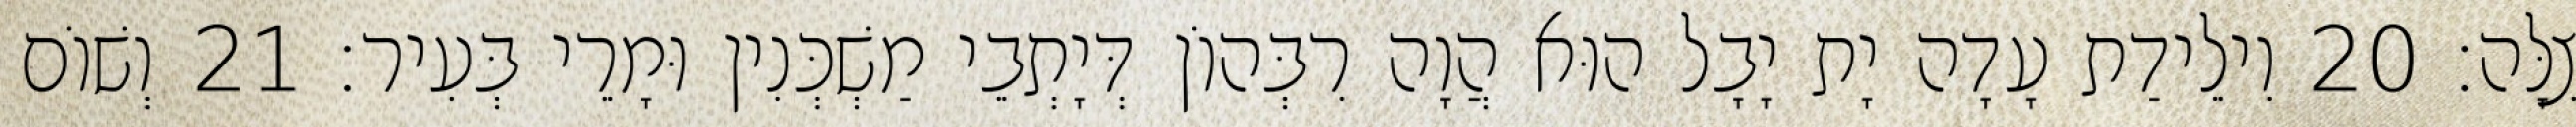
צִלָּה׃ 20 וִילֵידַת עָדָה יָת יָבָל הוּא הֲוָה רִבְּהוֹן דְּיָתְבֵי מַשְׁכְּנִין וּמָרֵי בְּעִיר׃ 21 וְשׁוֹם